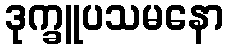
ဒုက္ခူပသမနော